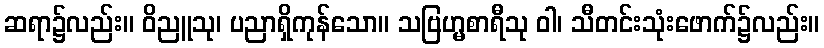
ဆရာ၌လည်း။ ဝိညူသု၊ ပညာရှိကုန်သော။ သဗြဟ္မစာရီသု ဝါ၊ သီတင်းသုံးဖောက်၌လည်း။